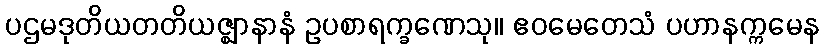
ပဌမဒုတိယတတိယဇ္ဈာနာနံ ဥပစာရက္ခဏေသု။ ဧဝမေတေသံ ပဟာနက္ကမေန